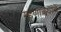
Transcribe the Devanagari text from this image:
म्हणावयाचें